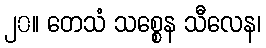
၂၀။ တေသံ သစ္စေန သီလေန၊